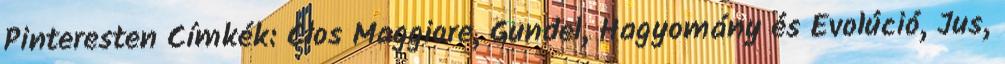
Pinteresten Címkék: Clos Maggiore, Gundel, Hagyomány és Evolúció, Jus,